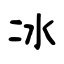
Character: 冰